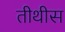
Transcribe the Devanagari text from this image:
तीथीस